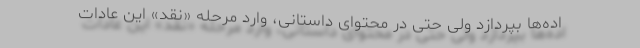
اده‌ها بپردازد ولی حتی در محتوای داستانی، وارد مرحله «نقد» این عادات